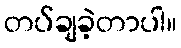
တပ်ချခဲ့တာပါ။